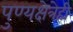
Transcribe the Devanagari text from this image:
पुण्यक्षेत्रेही